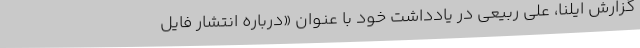
گزارش ایلنا، علی ربیعی در یادداشت خود با عنوان «درباره انتشار فایل